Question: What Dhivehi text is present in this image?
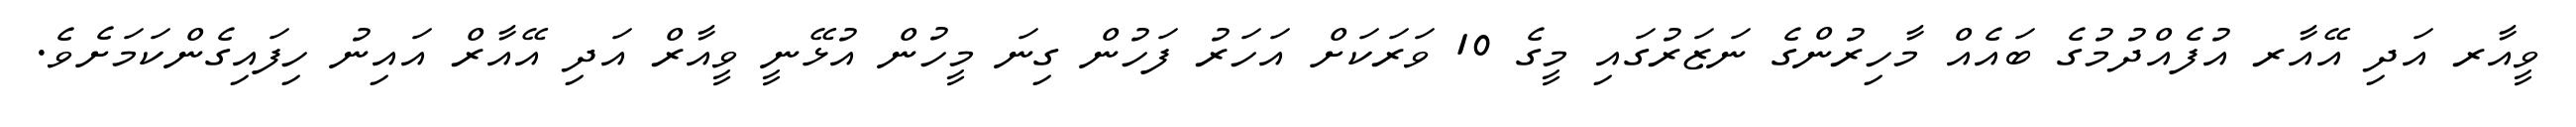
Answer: ވީއާރ އަދި އޭއާރ އުފެއްދުމުގެ ބައެއް މާހިރުންގެ ނަޒަރުގައި މީގެ 10 ވަރަކަށް އަހަރު ފަހުން ގިނަ މީހުން އުޅޭނީ ވީއާރް އަދި އޭއާރް އައިނު ހިފައިގެންކަމަށެވެ.